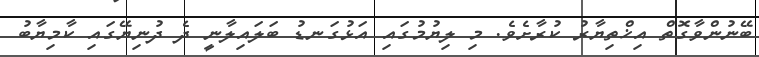
ބޭނުންވާގޮތް އިޚްތިޔާރު ކުރާށެވެ. މި ލިޔުމުގައި އަޅުގަނޑު ބަލައިލާނީ ދެ ދުނިޔޭގައި ކާމިޔާބު